Report on sanitation, dispensaries, and jails in Rajputana for 1916, and on vaccination for the year 1916-1917 - 1916-1917
Year: 1916
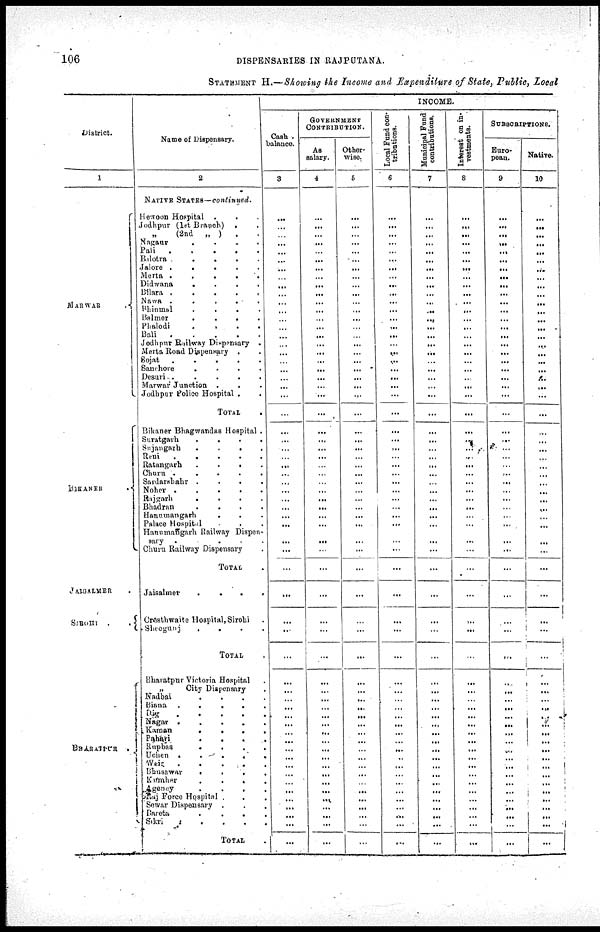
106
DISPENSARIES IN RAJPUTANA.
STATEMENT H.—Showing the Income and Expenditure of State, Public, Local
District.
1
MARWAR
.
BIKANER .
JAISALMER .
SIROHI
.
.
BHRATPUR .
Name of Dispensary.
2
NATIVE STATES — continued.
Hewson Hospital ...
Jodhpur (1st Branch) ..
„
(2nd „ ) ..
Nagaur
.
.
.
.
Pali
.....
Bilotra
.
.
.
.
Jalore
.....
Merta
.....
Didwana
.
.
.
.
Bilara
.
.
.
.
.
Nawa .
.
.
.
.
Bhinmal
.
.
.
.
Maimer
....
Phalodi
.
.
.
.
Bali
.....
Jodhpur Railway Dispensary .
Merta Road Dispensary ..
Sojat
.
.
.
.
.
Sanchore
.
.
.
.
Desuri
.
.
.
.
.
Marwar Junction ...
Jodhpur Police Hospital ..
TOTAL .
Bikaner Bhagwandas Hospital .
Suratgarh
.
.
.
.
Sujangarh
.
.
.
.
Reni
.
.
.
.
.
Ratangarh
.
.
.
.
Churn
.
.
.
.
.
Sardarshahr
.
.
.
.
Noher
.
.
.
.
.
Rajgarh
.
.
.
.
Bhadran
.
.
.
.
Hanumangarh
...
Palace Hospital ...
Hanumangarh Railway Dispen-
sary .
.
Churu Railway Dispensary .
TOTAL .
Jaisalmer
....
Crosthwaite Hospital,Sirohi .
Sheogunj
.
.
.
.
TOTAL .
Bharatpur Victoria Hospital .
„
City Dispensary .
Nadbai
....
Binna
.....
Dig
.....
Nagar
.
.
.
.
.
Kaman
.
.
.
.
Pahari
....
Rapbas
.
.
.
.
Uchen
.
.
.
.
.
Weir
.....
Bhusawar
.
.
.
.
Kumher
....
Agency
....
Raj Force Hospital ...
Sowar Dispensary ...
Bareta
.
.
.
.
Sikri
....
TOTAL .
INCOME.
Cash
balance.
3
...
...
...
...
...
...
...
...
...
...
...
...
...
...
...
...
...
...
...
...
...
...
...
...
...
...
...
...
...
...
...
...
...
...
...
...
...
...
...
...
...
...
...
...
...
...
...
...
...
...
...
...
...
...
...
...
...
...
...
...
...
GOVERNMENT
CONTRIBUTION.
As
salary.
4
...
...
...
...
...
...
...
...
...
...
...
...
...
...
...
...
...
...
...
...
...
...
...
...
...
...
...
...
...
...
...
...
...
...
...
...
...
...
...
...
...
...
...
...
...
...
...
...
...
...
...
...
...
...
...
...
...
...
...
...
...
Other¬
wise.
5
...
...
...
...
...
...
...
...
...
...
...
...
...
...
...
...
...
...
...
...
...
...
...
...
...
...
...
...
...
...
...
...
...
...
...
...
...
...
...
...
...
...
...
...
...
...
...
...
...
...
...
...
...
...
...
...
...
...
...
...
...
Local Fund con-
tributions.
6
...
...
...
...
...
...
...
...
...
...
...
...
...
...
...
...
...
...
...
...
...
...
...
...
...
...
...
...
...
...
...
...
...
...
...
...
...
...
...
...
...
...
...
...
...
...
...
...
...
...
...
...
...
...
...
...
...
...
...
...
...
Municipal Fund
contributions.
7
...
...
...
...
...
...
...
...
...
...
...
...
...
...
...
...
...
...
...
...
...
...
...
...
...
...
...
...
...
...
...
...
...
...
...
...
...
...
...
...
...
...
...
...
...
...
...
...
...
...
...
...
...
...
...
...
...
...
...
...
...
Interest on in¬
vestments.
8
...
...
...
...
...
...
...
...
...
...
...
...
...
...
...
...
...
...
...
...
...
...
...
...
...
...
...
...
...
...
...
...
...
...
...
...
...
...
...
...
...
...
...
...
...
...
...
...
...
...
...
...
...
...
...
...
...
...
...
...
...
SUBSCRIPTIONS.
Euro¬
pean.
9
...
...
...
...
...
...
...
...
...
...
...
...
...
...
...
...
...
...
...
...
...
...
...
...
...
...
...
...
...
...
...
...
...
...
...
...
...
...
...
...
...
...
...
...
...
...
...
...
...
...
...
...
...
...
...
...
...
...
...
...
...
Native.
10
...
...
...
...
...
...
...
...
...
...
...
...
...
...
...
...
...
...
...
...
...
...
...
...
...
...
...
...
...
...
...
...
...
...
...
...
...
...
...
...
...
...
...
...
...
...
...
...
...
...
...
...
...
...
...
...
...
...
...
...
...